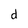
Character: d